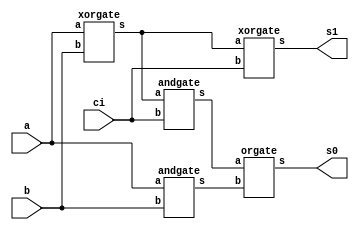
// -------------------------
// Exemplo0021  FULL ADDER 
// Nome: Jenifer Henrique Moreira Borges
// ------------------------- 
 
// ------------------------- 
//  full adder 
// ------------------------- 
module fullAdder (output s1, output s0, input a, input b,  input ci);
      
   wire x,y,z;
   xorgate XOR1(x,a,b);
   andgate AND1(y,a,b);
   xorgate XOR2(s1,x,ci);
   andgate AND2(z,x,ci);
   orgate OR2(s0,z,y);

endmodule // fullAdder

module fullAdder4 (output [4:0] s, input [3:0] a, input [3:0] b);                               
                               
   wire v1,v2,v3,v0;
   halfAdder HA1(s[0],v0,a[0],b[0]);
   fullAdder FA1(s[1],v1,a[1],b[1],v0);
   fullAdder FA2(s[2],v2,a[2],b[2],v1);
   fullAdder FA3(s[3],v3,a[3],b[3],v2);
   conc C1(s[4],v3);

endmodule // fullAdder

module conc (output s, input a);

  assign s = a;

endmodule

module halfAdder (output s0, output s1, input a, input b);
 xorgate XOR1(s1,a,b);     
 andgate AND1(s0,a,b);


endmodule

module andgate (output s, input a, input b);
  assign s = a & b;
endmodule

module xorgate (output s, input a, input b);
  assign s = a ^ b;
endmodule

module orgate (output s, input a,  input b);
  assign s = a | b;
endmodule

module test_fullAdder; 
// ------------------------- definir dados
      reg [3:0] x; 
      reg [3:0] y;
      wire [4:0] soma;
      
      fullAdder4 FA41(soma,x,y);

 
// ------------------------- parte principal 
 initial begin 
      $display("Exemplo0021 - Jenifer Henrique Moreira Borges - 427420");
      $display("Test ALUs full adder"); 
      
      x=4'b0000; y=4'b0000; 
      $monitor("%4b %4b = %4b",x,y,soma);
      #1 x=4'b0101; y=4'b0111;
      #1 x=4'b0011; y=4'b0100;
      #1 x=4'b0110; y=4'b0100;
      #1 x=4'b0111; y=4'b0111;
      #1 x=4'b0100; y=4'b0010;
 
 end 
 
endmodule // test_fullAdder